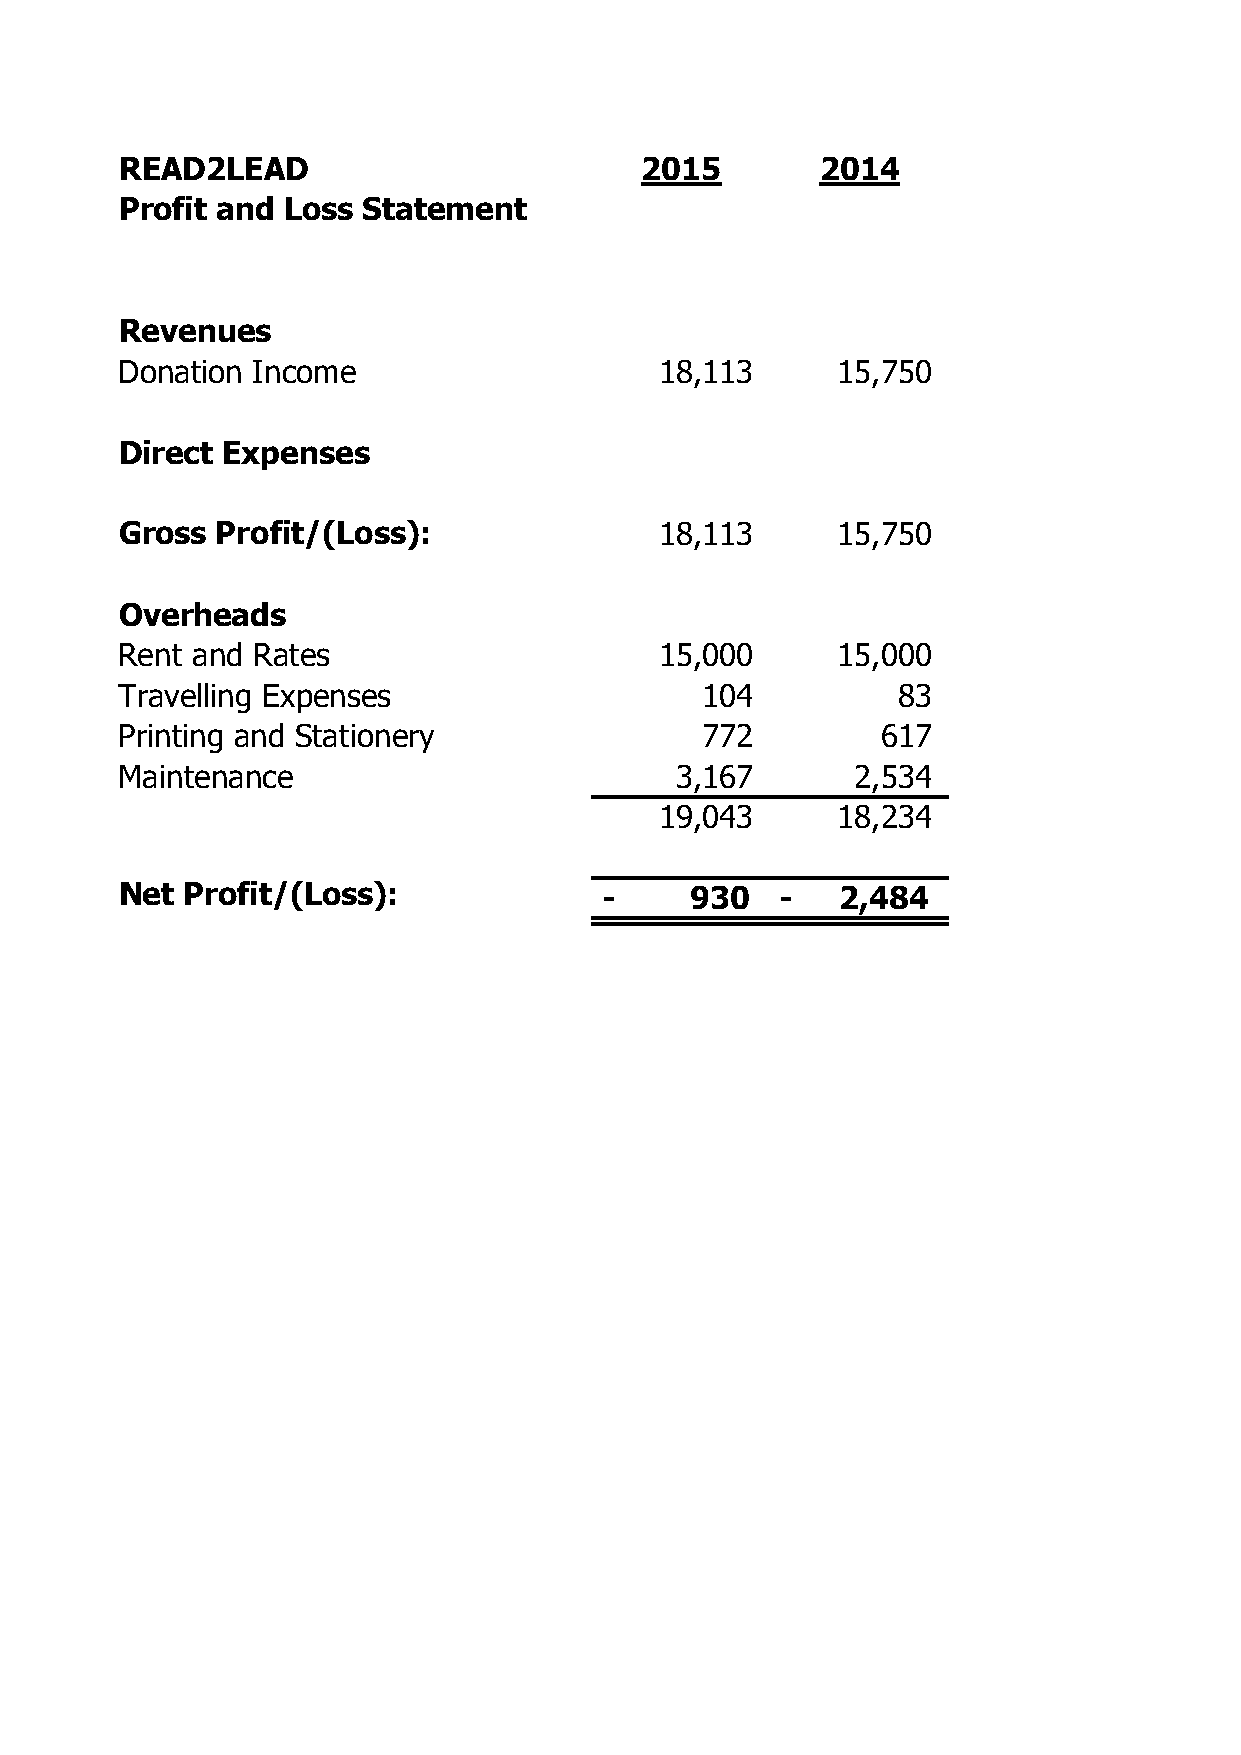
READ2LEAD                         2015        2014
 Profit and Loss Statement
 Revenues
 Donation Income                     1 8,113    1 5,750
 Direct Expenses
 Gross Profit/(Loss):                1 8,113    1 5,750
 Overheads
 Rent and Rates                      1 5,000    1 5,000
 Travelling Expenses                   1 04         8 3
 Printing and Stationery               7 72        6 17
 Maintenance                          3 ,167      2 ,534
 1 9,043    1 8,234
 Net Profit/(Loss):              -     9 30  -   2 ,484